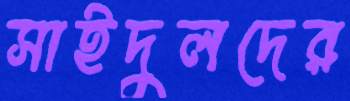
সাইদুলদের